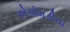
એએમડીના